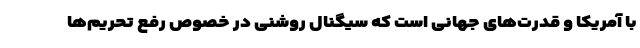
با آمریکا و قدرت‌های جهانی است که سیگنال روشنی در خصوص رفع تحریم‌ها